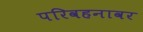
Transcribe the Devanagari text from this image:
परिवहनावर